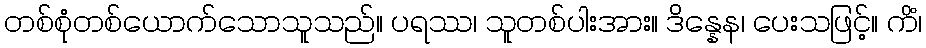
တစ်စုံတစ်ယောက်သောသူသည်။ ပရဿ၊ သူတစ်ပါးအား။ ဒိန္နေန၊ ပေးသဖြင့်။ ကိံ၊